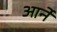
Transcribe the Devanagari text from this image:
आर्ने